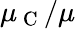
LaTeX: \mu_{\mathrm{~C~}}/\mu